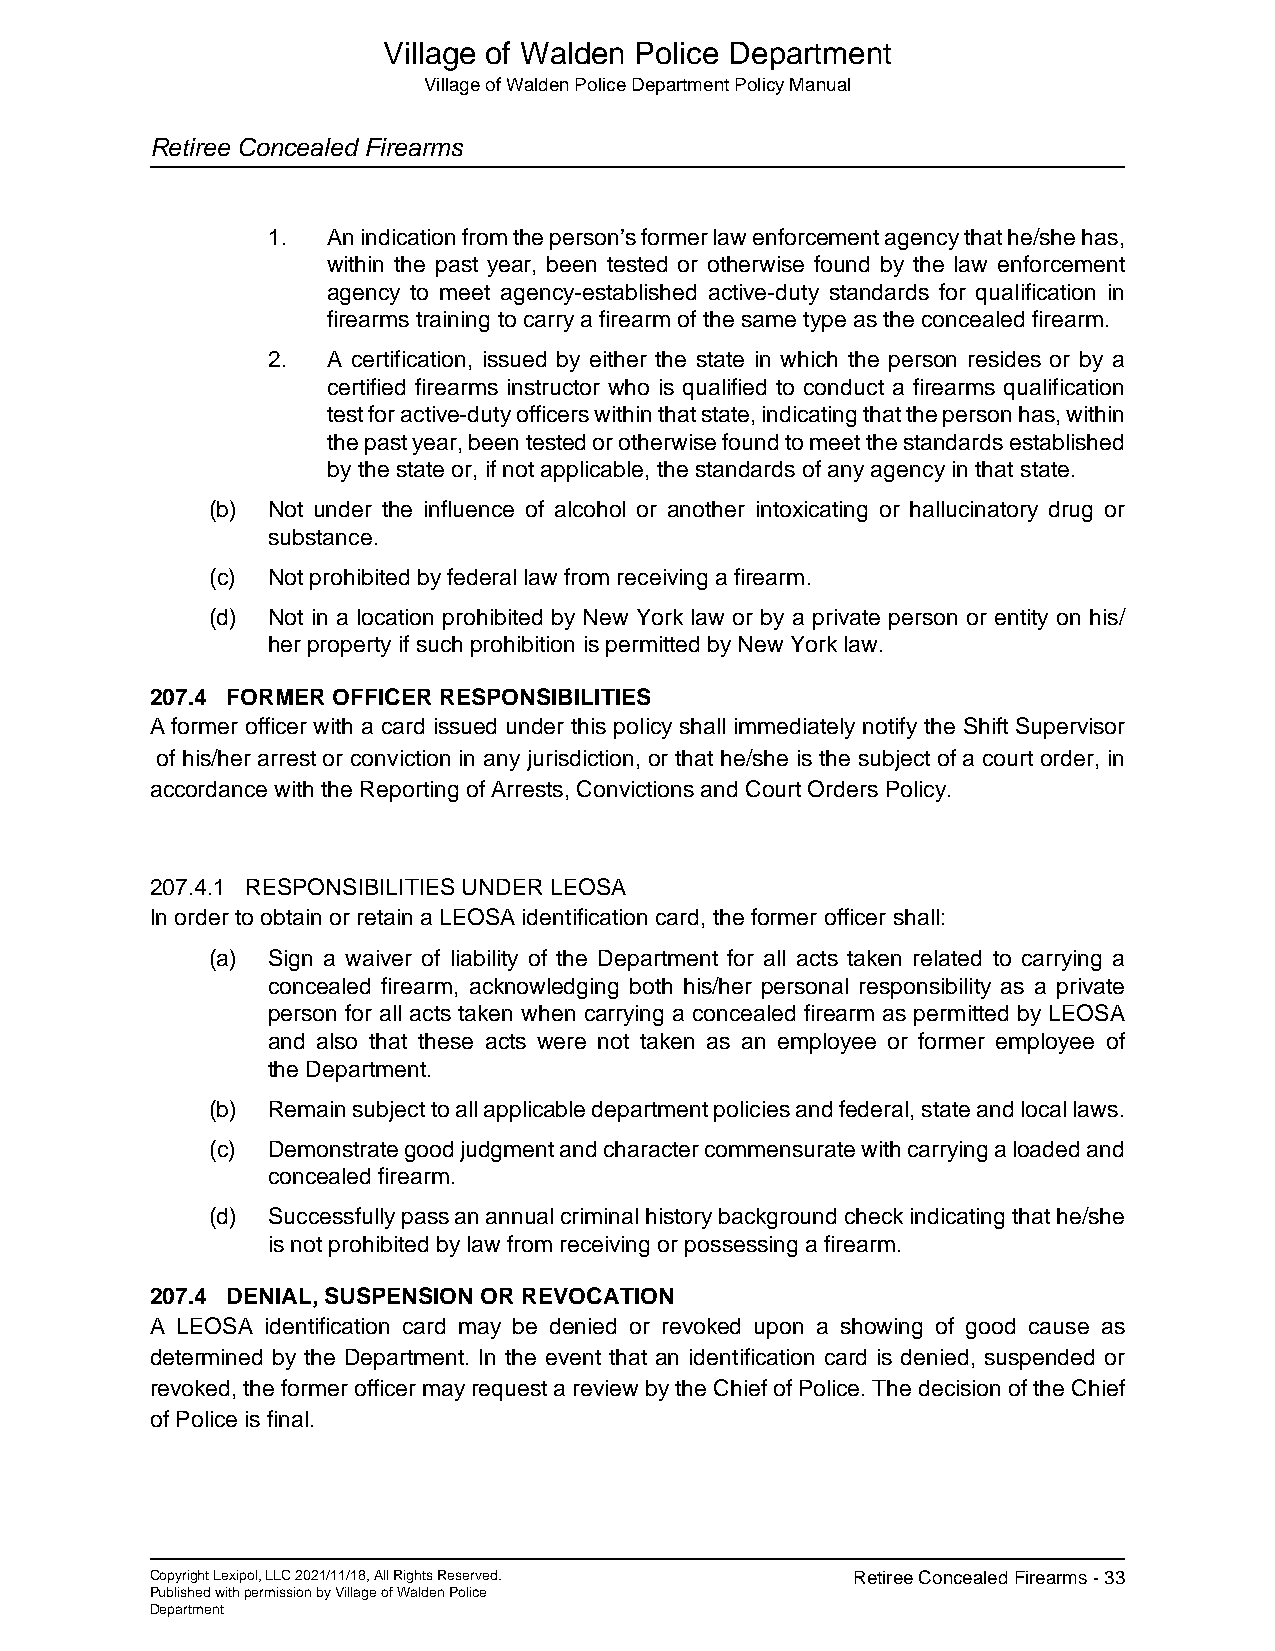
Village of Walden Police Department
 Village of Walden Police Department Policy Manual
 Retiree Concealed Firearms
 1.  An indication from the person’s former law enforcement agency that he/she has,
 within the past year, been tested or otherwise found by the law enforcement
 agency to meet agency-established active-duty standards for qualification in
 firearms training to carry a firearm of the same type as the concealed firearm.
 2.  A certification, issued by either the state in which the person resides or by a
 certified firearms instructor who is qualified to conduct a firearms qualification
 test for active-duty officers within that state, indicating that the person has, within
 the past year, been tested or otherwise found to meet the standards established
 by the state or, if not applicable, the standards of any agency in that state.
 (b) Not under the influence of alcohol or another intoxicating or hallucinatory drug or
 substance.
 (c) Not prohibited by federal law from receiving a firearm.
 (d) Not in a location prohibited by New York law or by a private person or entity on his/
 her property if such prohibition is permitted by New York law.
 207.4 FORMER OFFICER RESPONSIBILITIES
 A former officer with a card issued under this policy shall immediately notify the Shift Supervisor
 of his/her arrest or conviction in any jurisdiction, or that he/she is the subject of a court order, in
 accordance with the Reporting of Arrests, Convictions and Court Orders Policy.
 207.4.1 RESPONSIBILITIES UNDER LEOSA
 In order to obtain or retain a LEOSA identification card, the former officer shall:
 (a) Sign a waiver of liability of the Department for all acts taken related to carrying a
 concealed firearm, acknowledging both his/her personal responsibility as a private
 person for all acts taken when carrying a concealed firearm as permitted by LEOSA
 and also that these acts were not taken as an employee or former employee of
 the Department.
 (b) Remain subject to all applicable department policies and federal, state and local laws.
 (c) Demonstrate good judgment and character commensurate with carrying a loaded and
 concealed firearm.
 (d) Successfully pass an annual criminal history background check indicating that he/she
 is not prohibited by law from receiving or possessing a firearm.
 207.4 DENIAL, SUSPENSION OR REVOCATION
 A LEOSA identification card may be denied or revoked upon a showing of good cause as
 determined by the Department. In the event that an identification card is denied, suspended or
 revoked, the former officer may request a review by the Chief of Police. The decision of the Chief
 of Police is final.
 Copyright Lexipol, LLC 2021/11/18, All Rights Reserved. Retiree Concealed Firearms - 33
 Published with permission by Village of Walden Police
 Department